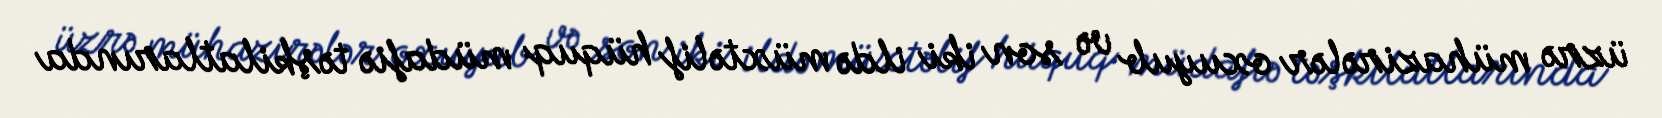
üzrə mühazirələr oxuyub və son iki ildə müxtəlif hüquq müdafiə təşkilatlarında